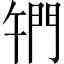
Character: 𨳱